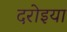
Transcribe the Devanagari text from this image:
दरोइया